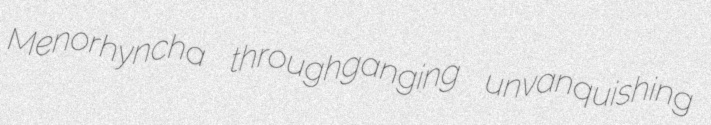
Menorhyncha throughganging unvanquishing